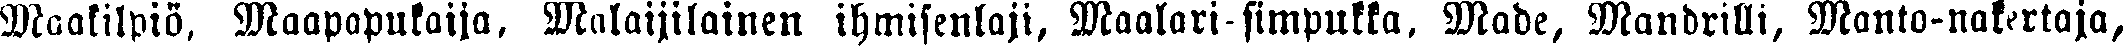
Maakilpiö, Maapapukaija, Malaijilainen ihmisenlaji, Maalari-simpukka, Made, Mandrilli, Manto-nakertaja,